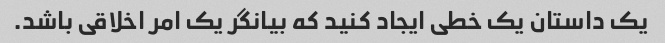
یک داستان یک خطی ایجاد کنید که بیانگر یک امر اخلاقی باشد.